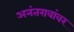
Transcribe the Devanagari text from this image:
अनंतरावांवर